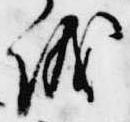
儀